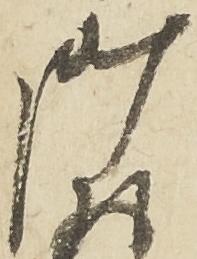
御